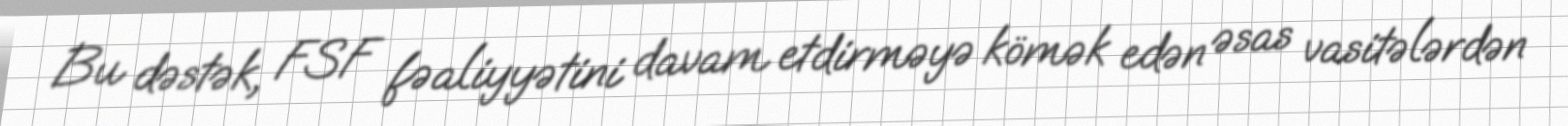
Bu dəstək, FSF fəaliyyətini davam etdirməyə kömək edən əsas vasitələrdən